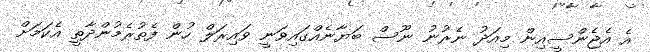
އެ އެޖެންސީއިން މިއަދު ނެރުނު ނޫސް ބަޔާނެއްގައިވަނީ ވައިރަލް ހުން ފެތުރެމުންދާތީ އެކަމަށް